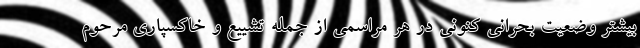
بیشتر وضعیت بحرانی کنونی در هر مراسمی از جمله تشییع و خاکسپاری مرحوم